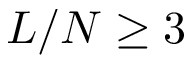
L / N \ge 3